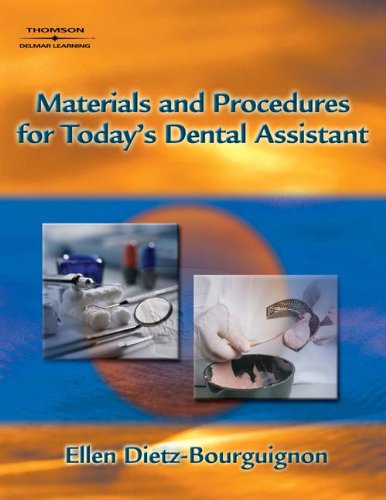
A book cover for Materials and Procedures for Today's Dental Assistant; Ellen Dietz-Bourguignon; Medical Books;